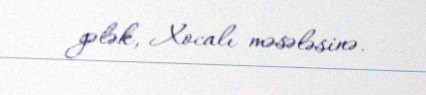
gələk, Xocalı məsələsinə.